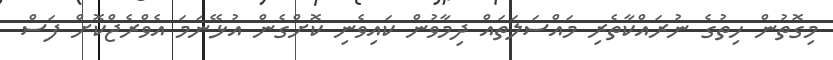
މިގޮތުން ހިތުގެ ނުރައްކާތެރި މައްސަލަތައް ދިމާވުން ކައިވެނި ކޮށްގެން އުޅޭނަމަ އެވްރެޖްކޮށް ފަސް